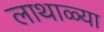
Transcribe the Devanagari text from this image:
लाथाळ्या